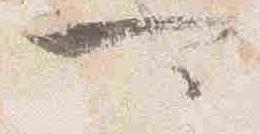
可